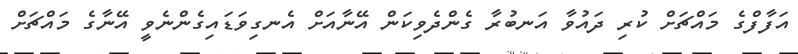
އަފާފްގެ މައްޗަށް ކުރި ދައުވާ އަނބުރާ ގެންދެވިކަން އޭނާއަށް އެނގިވަޑައިގެންނެވީ އޭނާގެ މައްޗަށް